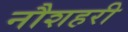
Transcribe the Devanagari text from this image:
नौशहरी